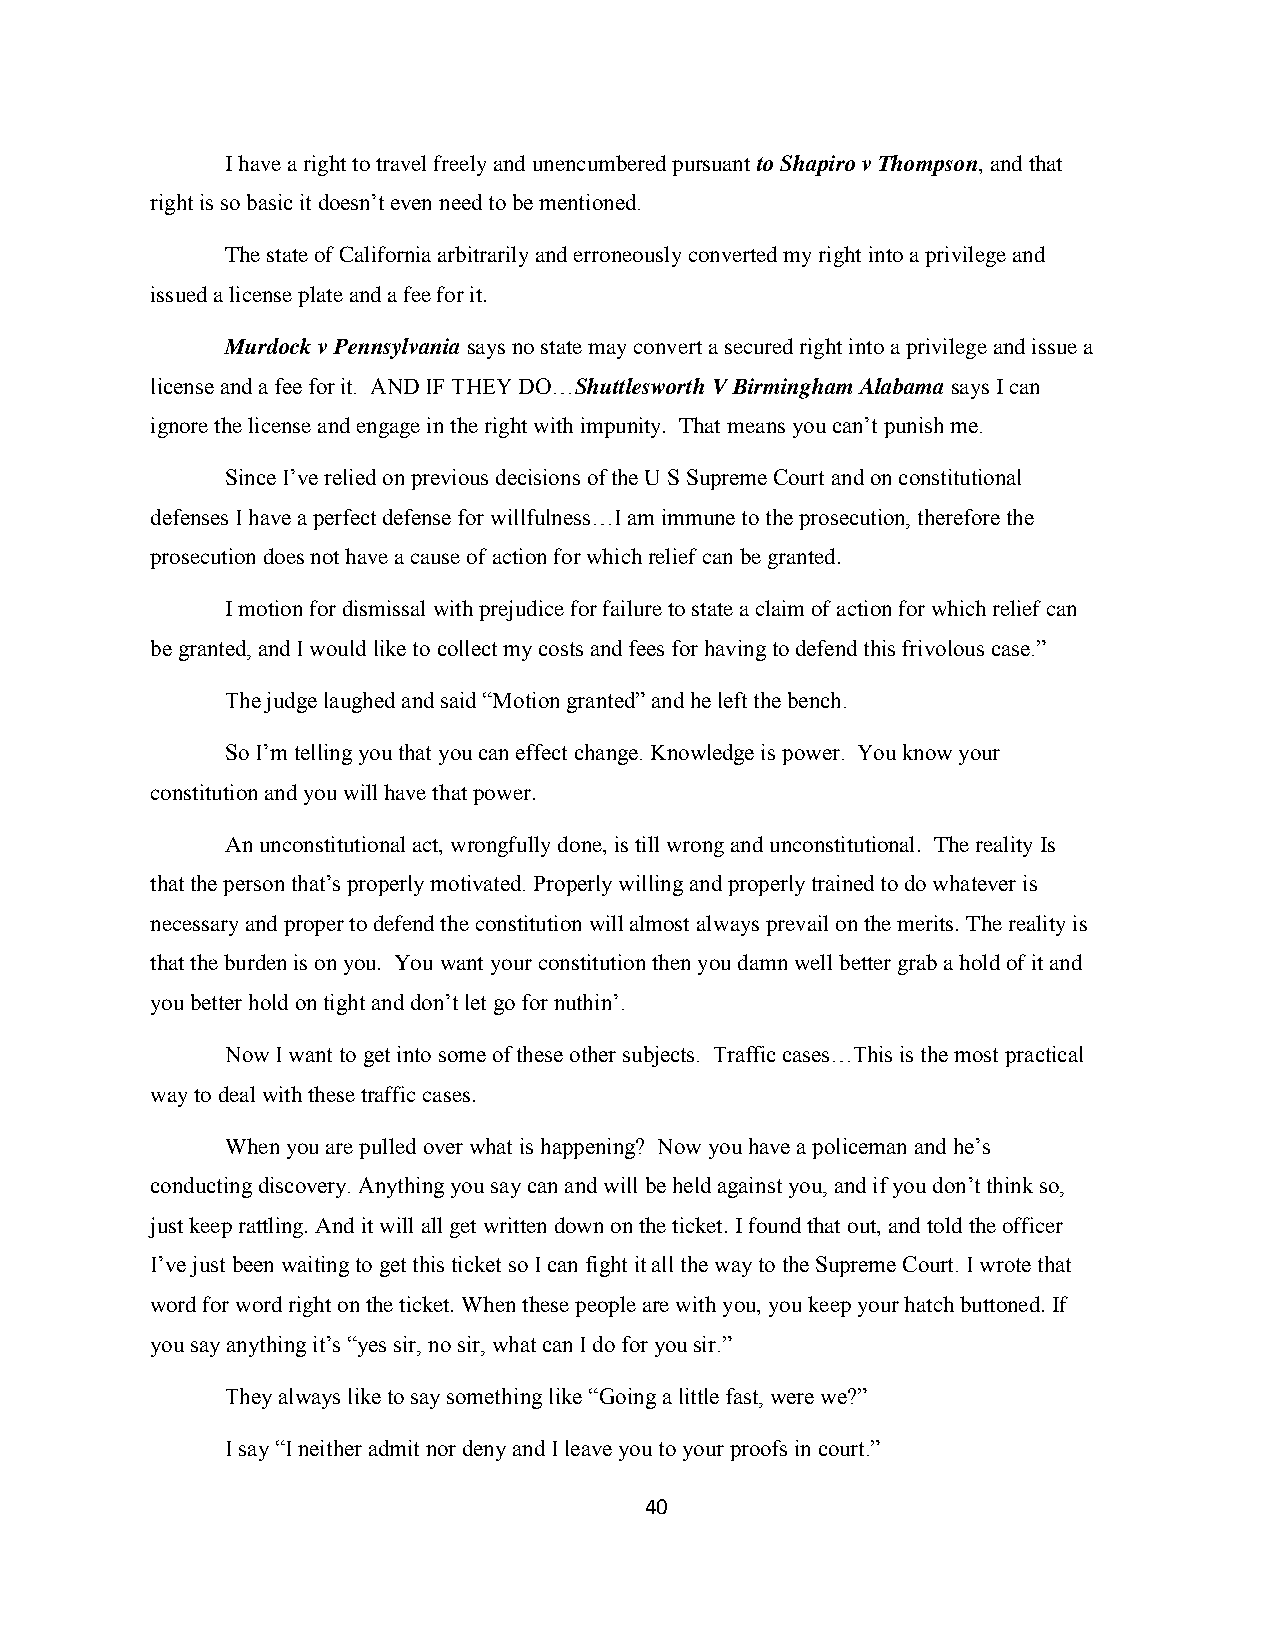
I have a right to travel freely and unencumbered pursuant to Shapiro v Thompson, and that
 right is so basic it doesn‟t even need to be mentioned.
 The state of California arbitrarily and erroneously converted my right into a privilege and
 issued a license plate and a fee for it.
 Murdock v Pennsylvania says no state may convert a secured right into a privilege and issue a
 license and a fee for it. AND IF THEY DO…Shuttlesworth V Birmingham Alabama says I can
 ignore the license and engage in the right with impunity. That means you can‟t punish me.
 Since I‟ve relied on previous decisions of the U S Supreme Court and on constitutional
 defenses I have a perfect defense for willfulness…I am immune to the prosecution, therefore the
 prosecution does not have a cause of action for which relief can be granted.
 I motion for dismissal with prejudice for failure to state a claim of action for which relief can
 be granted, and I would like to collect my costs and fees for having to defend this frivolous case.”
 The judge laughed and said “Motion granted” and he left the bench.
 So I‟m telling you that you can effect change. Knowledge is power. You know your
 constitution and you will have that power.
 An unconstitutional act, wrongfully done, is till wrong and unconstitutional. The reality Is
 that the person that‟s properly motivated. Properly willing and properly trained to do whatever is
 necessary and proper to defend the constitution will almost always prevail on the merits. The reality is
 that the burden is on you. You want your constitution then you damn well better grab a hold of it and
 you better hold on tight and don‟t let go for nuthin‟.
 Now I want to get into some of these other subjects. Traffic cases…This is the most practical
 way to deal with these traffic cases.
 When you are pulled over what is happening? Now you have a policeman and he‟s
 conducting discovery. Anything you say can and will be held against you, and if you don‟t think so,
 just keep rattling. And it will all get written down on the ticket. I found that out, and told the officer
 I‟ve just been waiting to get this ticket so I can fight it all the way to the Supreme Court. I wrote that
 word for word right on the ticket. When these people are with you, you keep your hatch buttoned. If
 you say anything it‟s “yes sir, no sir, what can I do for you sir.”
 They always like to say something like “Going a little fast, were we?”
 I say “I neither admit nor deny and I leave you to your proofs in court.”
 40